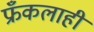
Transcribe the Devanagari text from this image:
फ्रँकलाही